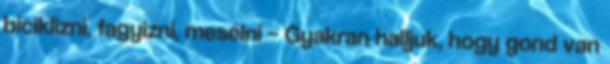
biciklizni, fagyizni, mesélni – Gyakran halljuk, hogy gond van